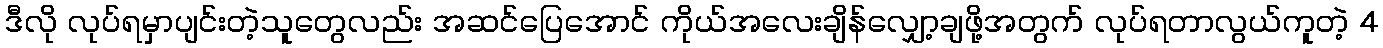
ဒီလို လုပ်ရမှာပျင်းတဲ့သူတွေလည်း အဆင်ပြေအောင် ကိုယ်အလေးချိန်လျှော့ချဖို့အတွက် လုပ်ရတာလွယ်ကူတဲ့ 4